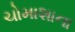
ચોમાશાના